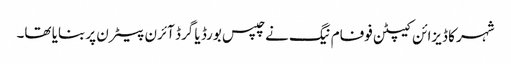
شہر کا ڈیزائن کیپٹن فوفام نیگ نے چپس بورڈ یا گرڈ آئرن پیٹرن پر بنایا تھا۔